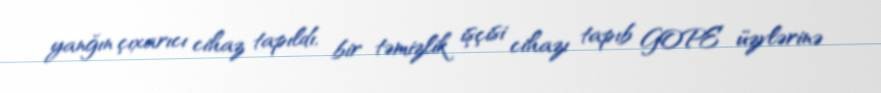
yanğın çıxarıcı cihaz tapıldı, bir təmizlik işçisi cihazı tapıb GOPE üzvlərinə